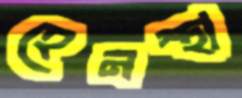
হেনস্থা